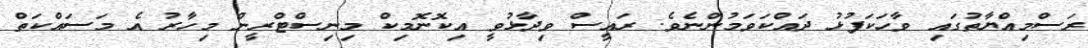
ރަސްމިއްޔާތުގައި ވާހަކަފުޅު ދައްކަވަމުންނެވެ. ރައީސް ވިދާޅުވީ އިކޮނޮމިކް މިނިސްޓްރީން މިހާރު އެ މަސައްކަތް